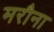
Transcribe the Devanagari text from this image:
मरौना